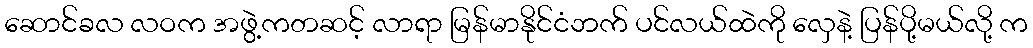
ဆောင်ခလ လဝက အဖွဲ့ကတဆင့် လာရာ မြန်မာနိုင်ငံဘက် ပင်လယ်ထဲကို လှေနဲ့ ပြန်ပို့မယ်လို့ က